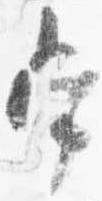
常